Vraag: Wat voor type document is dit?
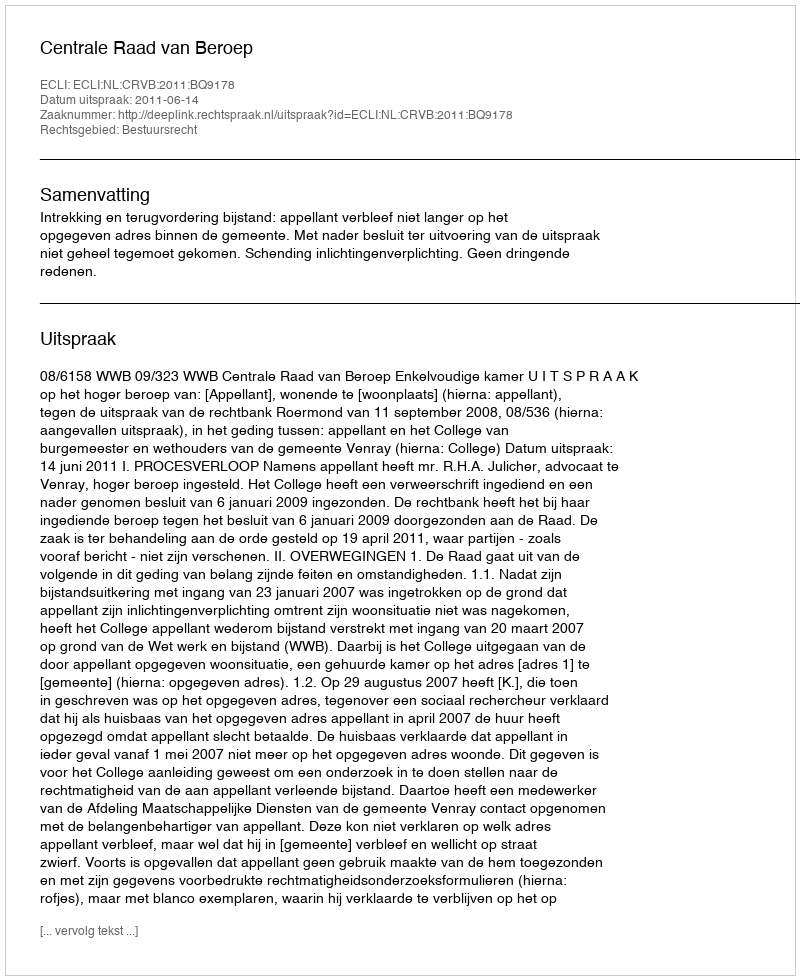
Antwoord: Uitspraak